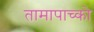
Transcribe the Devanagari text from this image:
तामापाच्को